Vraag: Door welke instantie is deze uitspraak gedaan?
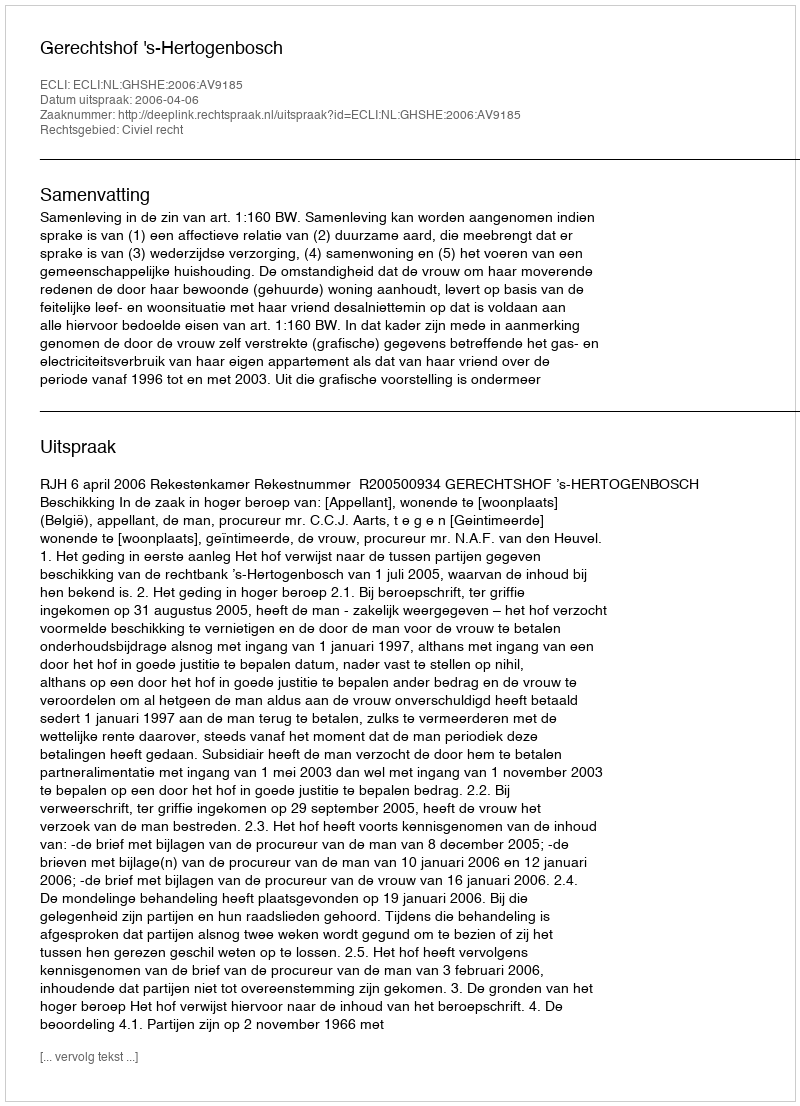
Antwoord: Gerechtshof 's-Hertogenbosch